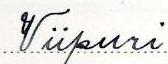
Viipuri